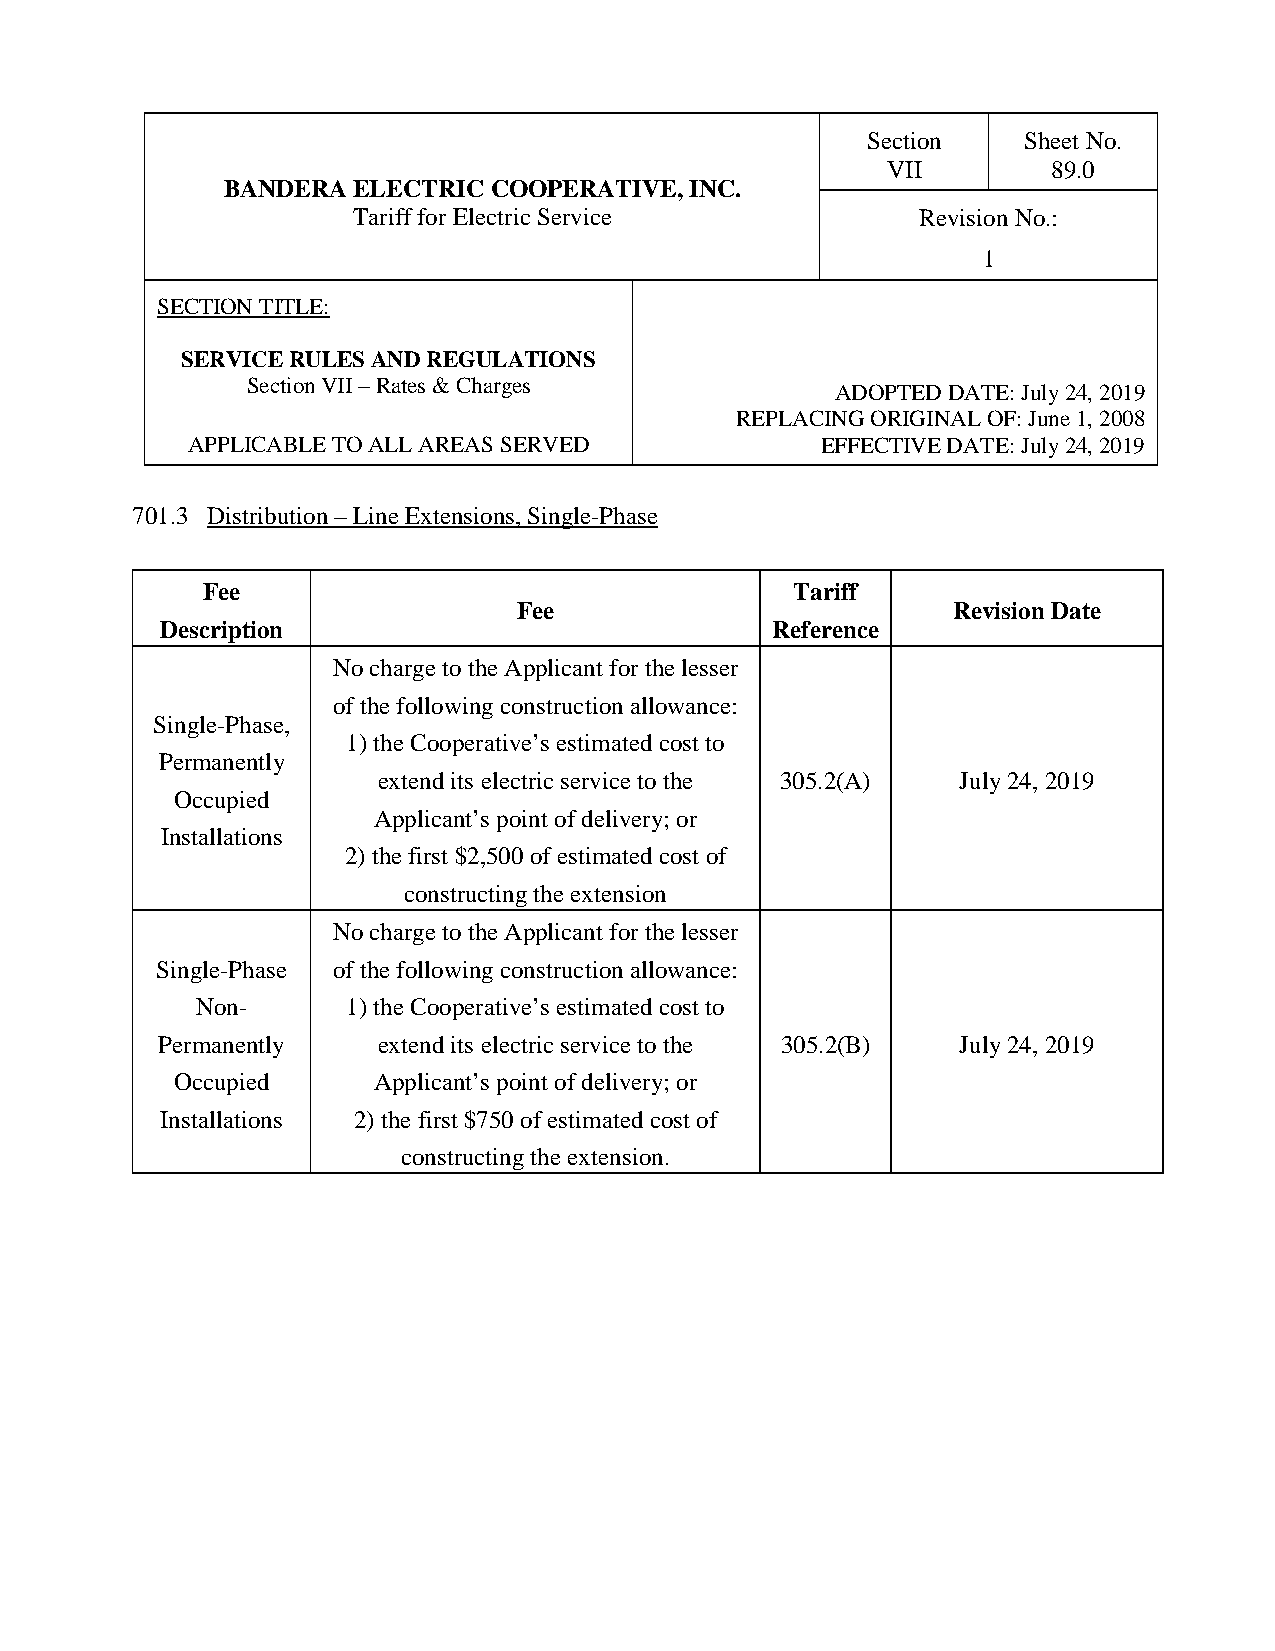
Section    Sheet No.
 VII        89.0
 BANDERA ELECTRIC COOPERATIVE,  INC.
 Tariff for Electric Service           Revision No.:
 1
 SECTION TITLE:
 SERVICE RULES AND REGULATIONS
 Section VII – Rates & Charges
 ADOPTED DATE: July 24, 2019
 REPLACING ORIGINAL OF: June 1, 2008
 APPLICABLE TO ALL AREAS SERVED            EFFECTIVE DATE: July 24, 2019
 701.3 Distribution – Line Extensions, Single-Phase
 Fee                                     Tariff
 Fee                          Revision Date
 Description                             Reference
 No charge to the Applicant for the lesser
 of the following construction allowance:
 Single-Phase,
 1) the Cooperative’s estimated cost to
 Permanently
 extend its electric service to the 305.2(A) July 24, 2019
 Occupied
 Applicant’s point of delivery; or
 Installations
 2) the first $2,500 of estimated cost of
 constructing the extension
 No charge to the Applicant for the lesser
 Single-Phase of the following construction allowance:
 Non-      1) the Cooperative’s estimated cost to
 Permanently    extend its electric service to the 305.2(B) July 24, 2019
 Occupied     Applicant’s point of delivery; or
 Installations 2) the first $750 of estimated cost of
 constructing the extension.